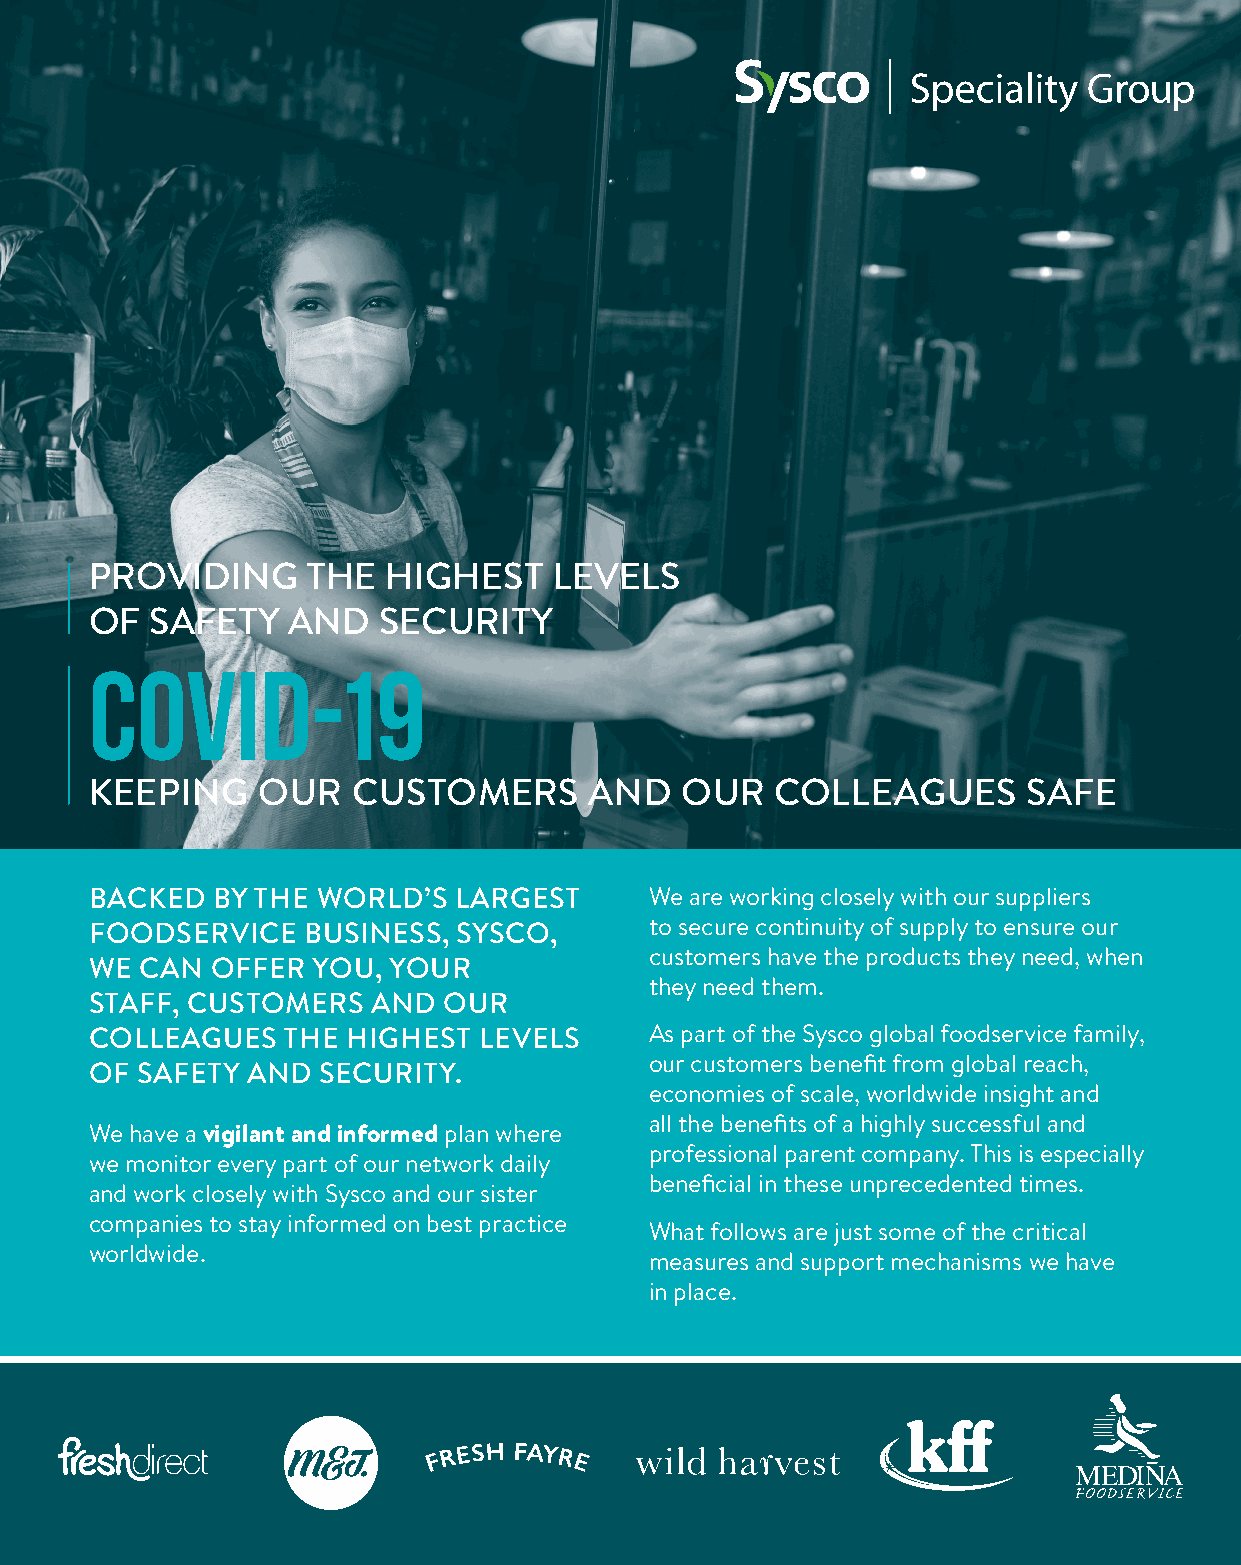
PROVIDING     THE   HIGHEST    LEVELS
 OF  SAFETY   AND   SECURITY
 COVID-19
 KEEPING    OUR   CUSTOMERS       AND   OUR   COLLEAGUES       SAFE
 BACKED  BY THE WORLD’S  LARGEST      We are working closely with our suppliers
 FOODSERVICE   BUSINESS, SYSCO,       to secure continuity of supply to ensure our
 customers have the products they need, when
 WE CAN  OFFER  YOU, YOUR
 they need them.
 STAFF, CUSTOMERS   AND OUR
 COLLEAGUES   THE HIGHEST  LEVELS     As part of the Sysco global foodservice family,
 our customers benefit from global reach,
 OF SAFETY AND  SECURITY.
 economies of scale, worldwide insight and
 all the benefits of a highly successful and
 We have a vigilant and informed plan where
 professional parent company. This is especially
 we monitor every part of our network daily
 beneficial in these unprecedented times.
 and work closely with Sysco and our sister
 companies to stay informed on best practice
 What follows are just some of the critical
 worldwide.
 measures and support mechanisms we have
 in place.